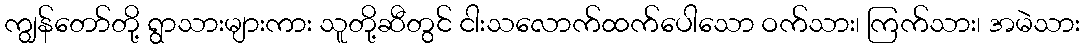
ကျွန်တော်တို့ ရွာသားများကား သူတို့ဆီတွင် ငါးသလောက်ထက်ပေါသော ဝက်သား၊ ကြက်သား၊ အမဲသား